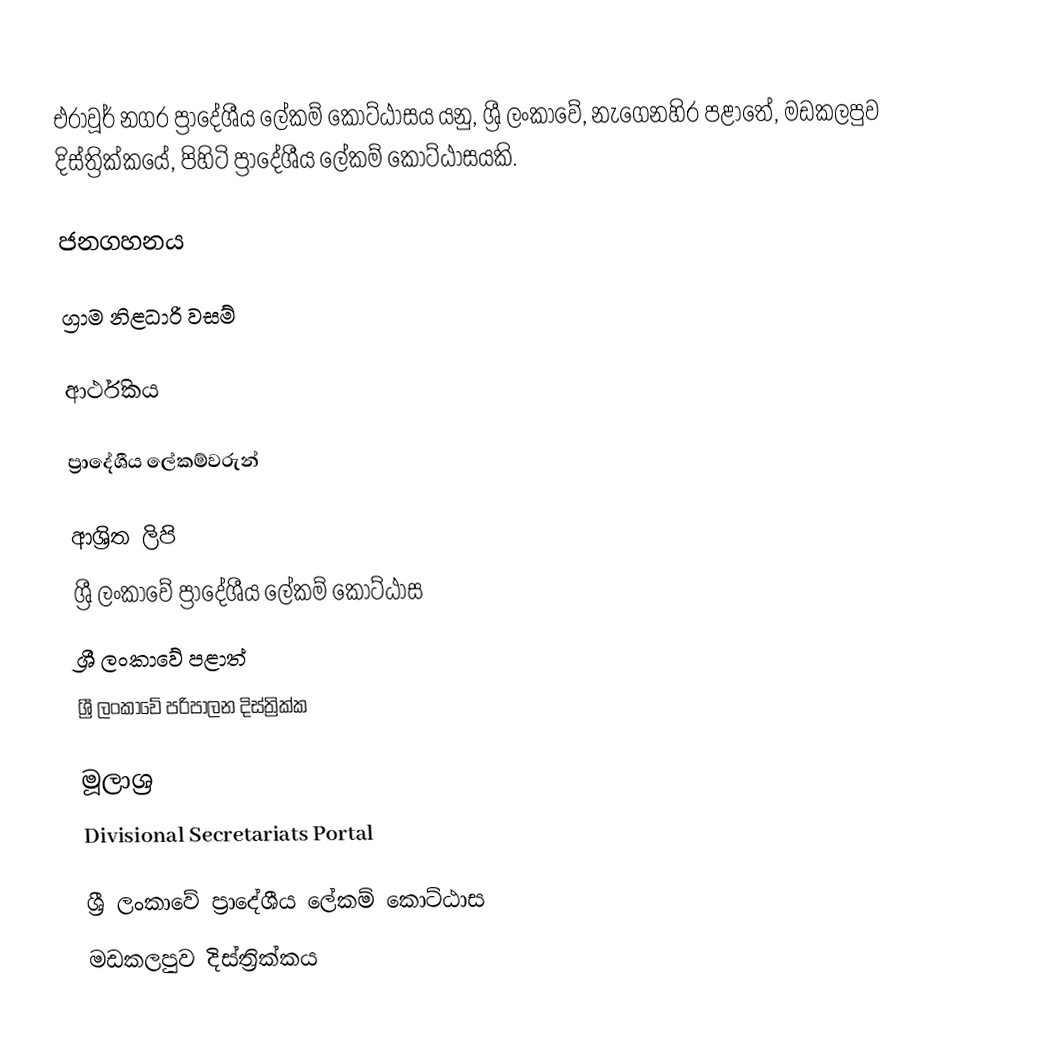
එරාවූර් නගර ප්‍රාදේශීය ලේකම් කොට්ඨාසය යනු,  ශ්‍රී ලංකාවේ, නැගෙනහිර පළාතේ,   මඩකලපුව දිස්ත්‍රික්කයේ, පිහිටි ප්‍රාදේශීය ලේකම් කොට්ඨාසයකි.

ජනගහනය

ග්‍රාම නිළධාරි වසම්

ආර්ථිකය

ප්‍රාදේශීය ලේකම්වරුන්

ආශ්‍රිත ලිපි
ශ්‍රී ලංකාවේ ප්‍රාදේශීය ලේකම් කොට්ඨාස
ශ්‍රී ලංකාවේ පළාත්
ශ්‍රී ලංකාවේ පරිපාලන දිස්ත්‍රික්ක

මූලාශ්‍ර
 Divisional Secretariats Portal

ශ්‍රී ලංකාවේ ප්‍රාදේශීය ලේකම් කොට්ඨාස
මඩකලපුව දිස්ත්‍රික්කය